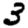
Digit: 3